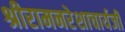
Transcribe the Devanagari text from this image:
श्रीरामनरेशाचार्यजी